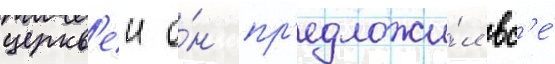
церкв'еи о́н пр'едложи́л вс'е́